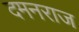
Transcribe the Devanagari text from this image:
दमनराज